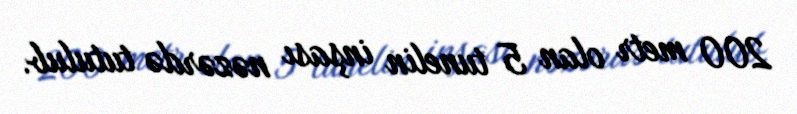
200 metr olan 5 tunelin inşası nəzərdə tutulub.